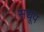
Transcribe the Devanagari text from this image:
सधूप